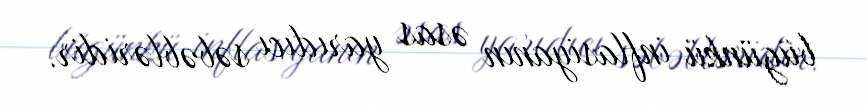
bügünkü inflasiyanın əsas yarıdıcı səbəbləridir.